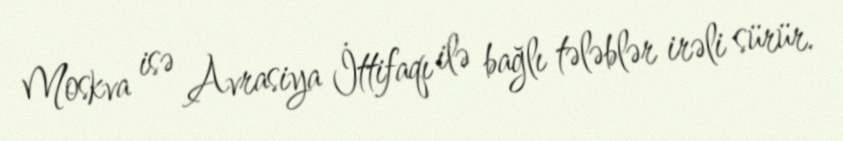
Moskva isə Avrasiya İttifaqı ilə bağlı tələblər irəli sürür.